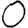
Digit: 0